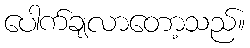
ပေါက်ချလာတော့သည်။